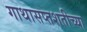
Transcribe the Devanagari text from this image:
गाथासप्तशतीच्या